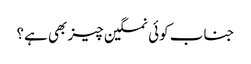
جناب کوئی نمکین چیز بھی ہے؟